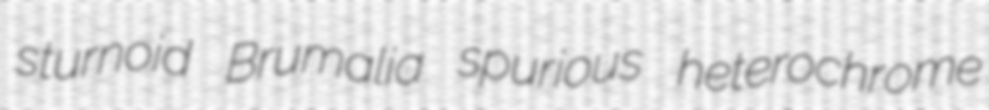
sturnoid Brumalia spurious heterochrome